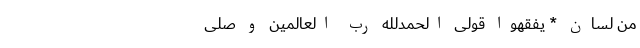
مِن لِسَانِ * یَفقَهُوا قَولِی اَلحَمدُللهِ رَبِّ العالَمین وَ صلّی